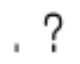
. ?